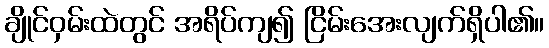
ချိုင်ဝှမ်းထဲတွင် အရိပ်ကျ၍ ငြိမ်းအေးလျက်ရှိပါ၏။